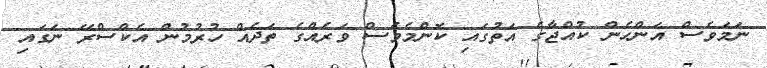
ނަމަވެސް އަންހެން ކުއްޖާގެ އަތުގައި ކޮންމެވެސް ވަރެއްގެ ތަދެއް ހުރުމުން އެކްސްރޭ ނަގައި